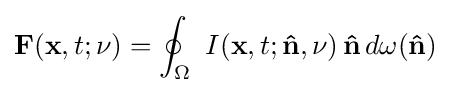
\mathbf {F} (\mathbf {x} ,t;\nu )=\oint _{\Omega }\ I(\mathbf {x} ,t;\mathbf {\hat {n}} ,\nu )\,\mathbf {\hat {n}} \,d\omega (\mathbf {\hat {n}} )